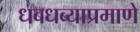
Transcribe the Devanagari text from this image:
धबधब्याप्रमाणे